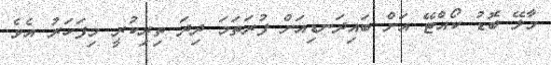
މާލޭ ބޮޑު ކޯއްޓޭ އަށް ބައިދަނޑިއަށް ފުރަތަމަ ދިދަ ތިރިކުރީ މިފަހަރު އެވެ.